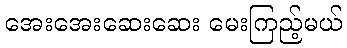
အေးအေးဆေးဆေး မေးကြည့်မယ်